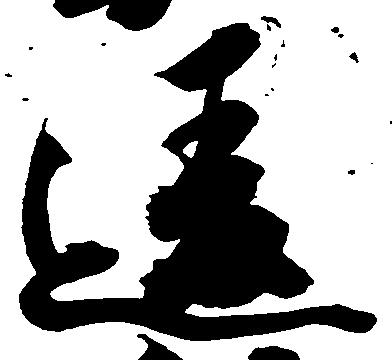
違